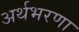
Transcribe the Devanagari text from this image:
अर्थभरणा